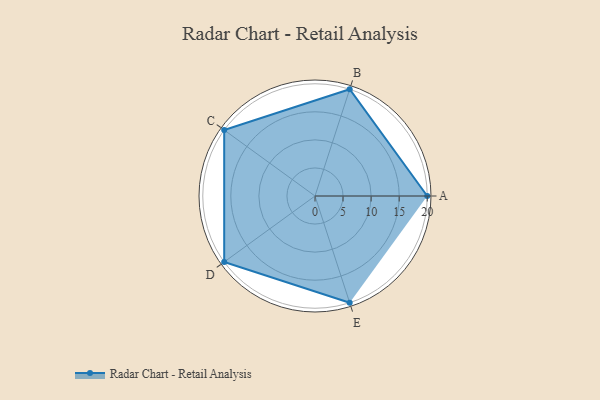
{"axis": {"x": "Skill", "y": "Score"}, "legend": ["Profile"], "data": [{"x": "A", "y": 20, "type": "Profile"}, {"x": "B", "y": 20, "type": "Profile"}, {"x": "C", "y": 20, "type": "Profile"}, {"x": "D", "y": 20, "type": "Profile"}, {"x": "E", "y": 20, "type": "Profile"}]}